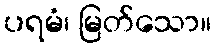
ပရမံ၊ မြတ်သော။